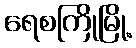
ရေစကြိုမြို့